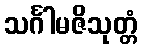
သင်္ဂါမဇိသုတ္တံ